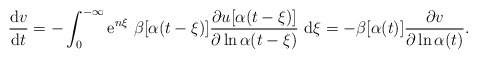
\begin{align*}\frac{{\rm d}v}{{\rm d}t}=-\int_{0}^{-\infty }{\rm e}^{n\xi }\,\,\beta[\alpha (t-\xi )]\frac{\partial u[\alpha (t-\xi )]}{\partial \ln\alpha(t-\xi )}\,\,{\rm d}\xi =-\beta [\alpha (t)]\frac{\partial v}{\partial\ln\alpha (t)}.\end{align*}